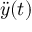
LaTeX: { \ddot { y } } ( t )